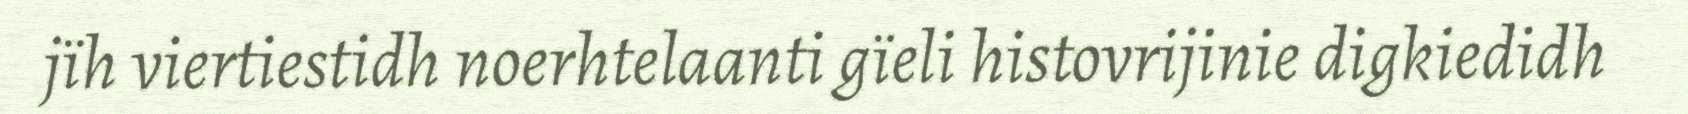
jïh viertiestidh noerhtelaanti gïeli histovrijinie digkiedidh